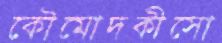
কৌমোদকীসো